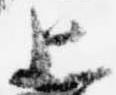
上